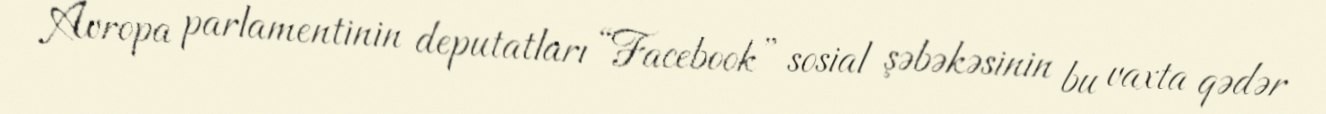
Avropa parlamentinin deputatları “Facebook” sosial şəbəkəsinin bu vaxta qədər